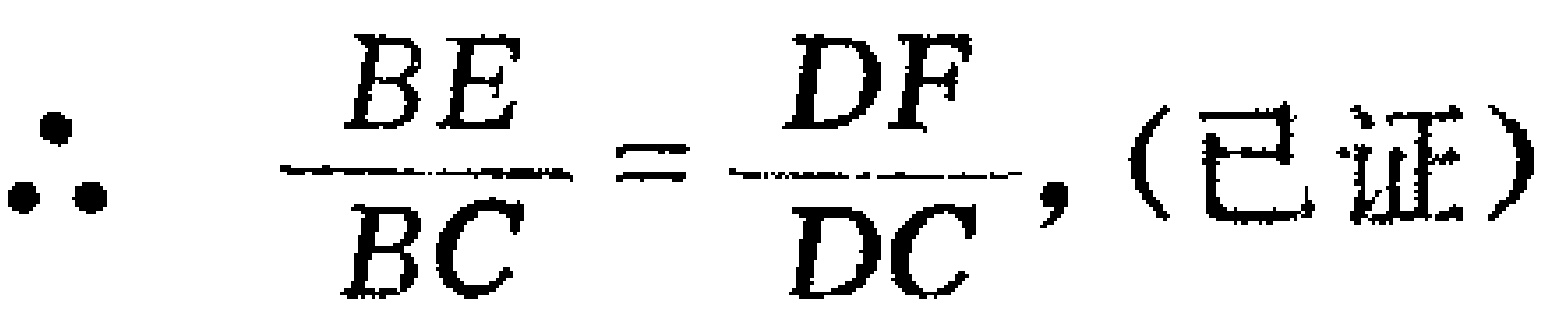
\(\therefore \frac{BE}{BC}=\frac{DF}{DC}, (\text{已证})\)